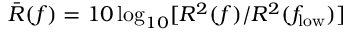
\bar { R } ( f ) = 1 0 \log _ { 1 0 } [ R ^ { 2 } ( f ) / R ^ { 2 } ( f _ { \mathrm { l o w } } ) ]